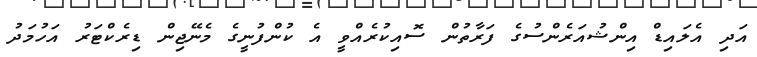
އަދި އެލައިޑް އިންޝުއަރެންސުގެ ފަރާތުން ސޮއިކުރެއްވީ އެ ކުންފުނީގެ މެނޭޖިން ޑިރެކްޓަރު އަހުމަދު